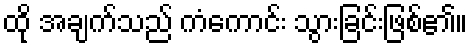
ထို အချက်သည် ကံကောင်း သွားခြင်းဖြစ်၏။